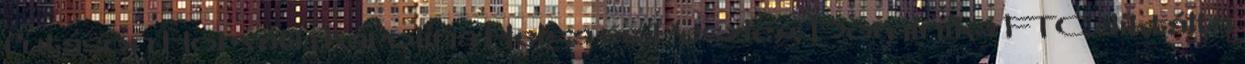
futáson Horváth Karolina Helga és Peszleg Dominika FTC diktálta